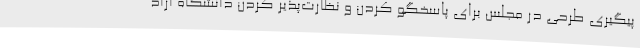
پیگیری طرحی در مجلس برای پاسخگو کردن و نظارت‌پذیر کردن دانشگاه آزاد